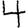
Digit: 4